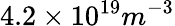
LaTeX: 4.2\times 10^{19}m^{-3}